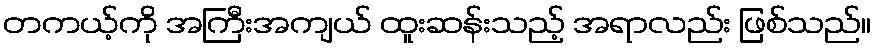
တကယ့်ကို အကြီးအကျယ် ထူးဆန်းသည့် အရာလည်း ဖြစ်သည်။